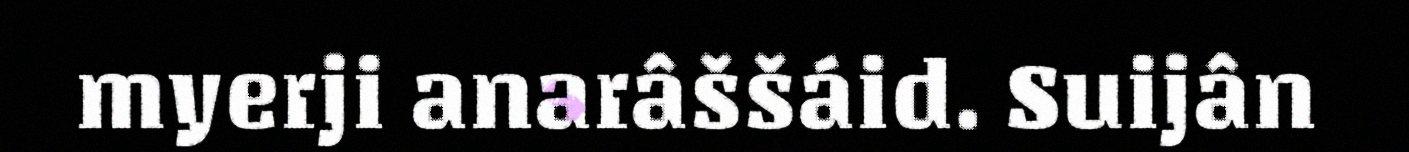
myerji anarâššáid. Suijân